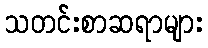
သတင်းစာဆရာများ